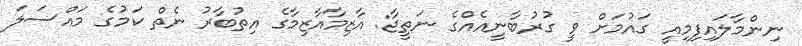
ނިންމާލައިފިމިއީ ގައުމަށް ވީ ގުރުބާނީއެއްގެ ނަތީޖާ: އާޒިމާއާޒިމާގެ އިތުބާރު ނެތް ކަމުގެ މައްސަލަ